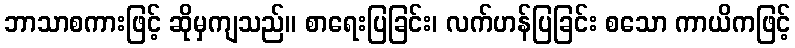
ဘာသာစကားဖြင့် ဆိုမှကျသည်။ စာရေးပြခြင်း၊ လက်ဟန်ပြခြင်း စသော ကာယိကဖြင့်